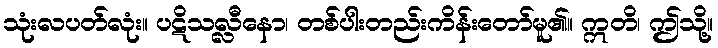
သုံးလပတ်လုံး။ ပဋိသလ္လီနော၊ တစ်ပါးတည်းကိန်းတော်မူ၏။ ဣတိ၊ ဤသို့။